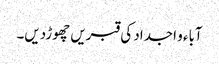
آباء و اجداد کی قبریں چھوڑدیں۔